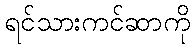
ရင်သားကင်ဆာကို